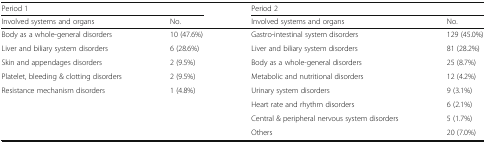
| <COLSPAN=2> Period 1 | <COLSPAN=2> Period 2 |
 | Involved systems and organs | No. | Involved systems and organs | No. |
 | --- | --- | --- | --- |
 | Body as a whole-general disorders | 10 (47.6%) | Gastro-intestinal system disorders | 129 (45.0%) |
 | Liver and biliary system disorders | 6 (28.6%) | Liver and biliary system disorders | 81 (28.2%) |
 | Skin and appendages disorders | 2 (9.5%) | Body as a whole-general disorders | 25 (8.7%) |
 | Platelet, bleeding & clotting disorders | 2 (9.5%) | Metabolic and nutritional disorders | 12 (4.2%) |
 | <ROWSPAN=4> Resistance mechanism disorders | <ROWSPAN=4> 1 (4.8%) | Urinary system disorders | 9 (3.1%) |
 | Heart rate and rhythm disorders | 6 (2.1%) |
 | Central & peripheral nervous system disorders | 5 (1.7%) |
 | Others | 20 (7.0%) |